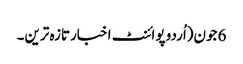
6 جون(اُردو پوائنٹ اخبارتازہ ترین۔